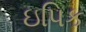
ઇપિક